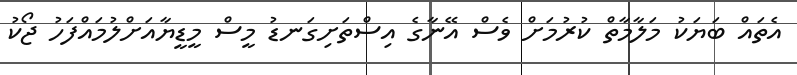
އެތައް ބަޔަކު މަލާމާތް ކުރުމަށް ވެސް އޭނާގެ އިސްތަށިގަނޑު މީސް މީޑީޔާއަށްލުމައްފަހު ޖޯކު